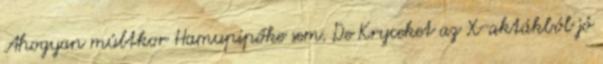
Ahogyan múltkor Hamupipőke sem. De Kryceket az X-aktákból jó